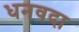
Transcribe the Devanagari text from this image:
धनवदा